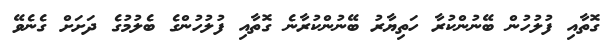
ގޮތާއި ފުލުހުން ބޭނުންކުރާ ހަތިޔާރު ބޭނުންކުރާނެ ގޮތާއި ފުލުހުންގެ ބެލުމުގެ ދަށަށް ގެނެވޭ